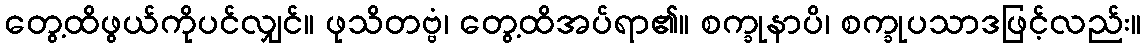
တွေ့ထိဖွယ်ကိုပင်လျှင်။ ဖုသိတဗ္ဗံ၊ တွေ့ထိအပ်ရာ၏။ စက္ခုနာပိ၊ စက္ခုပသာဒဖြင့်လည်း။